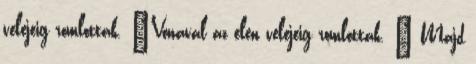
velejeig romlottak. "Vonaval az elen velejeig romlottak. " Majd